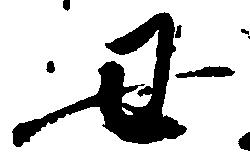
丑